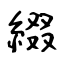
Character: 綴